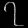
Digit: ၇